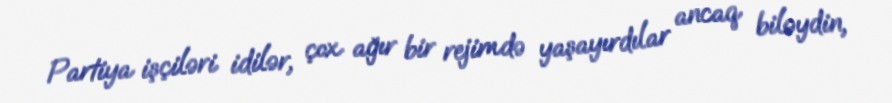
Partiya işçiləri idilər, çox ağır bir rejimdə yaşayırdılar ancaq biləydin,